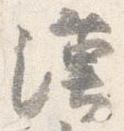
漢